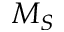
M _ { S }